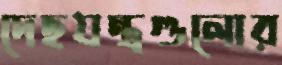
দেহযন্ত্রগুলোর